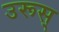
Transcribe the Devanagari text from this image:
उरूस्